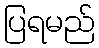
ပြရမည်